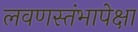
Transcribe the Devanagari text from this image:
लवणस्तंभापेक्षा